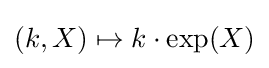
(k,X)\mapsto k\cdot \mathrm {exp} (X)